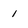
Character: 1